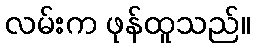
လမ်းက ဖုန်ထူသည်။